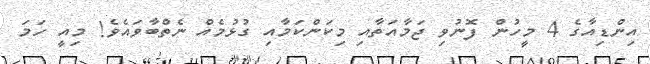
އިންޑިއާގެ 4 މީހުން ފޮނުވި ޖަމާއަތާއި މިކަންކަމާއި ގުޅުމެއް ނެތްބާވައެވެ! މިއީ ހަމަ